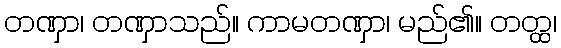
တဏှာ၊ တဏှာသည်။ ကာမတဏှာ၊ မည်၏။ တတ္ထ၊